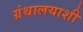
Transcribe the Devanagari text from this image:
ग्रंथालयाशी